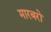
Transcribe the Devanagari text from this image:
मारबरो